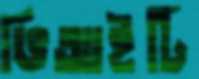
ভিআইটি